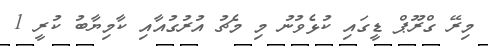
މިރޭ ގްރޫޕް ޑީގައި ކުޅެވުނު މި މެޗު އުރުގުއާއި ކާމިޔާބު ކުރީ 1